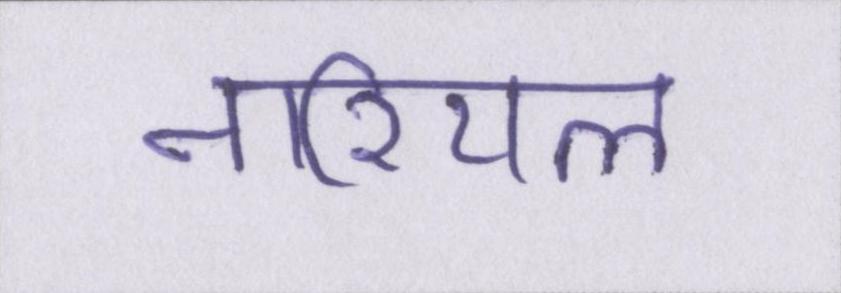
नारियल